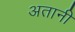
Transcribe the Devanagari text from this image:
अतानी